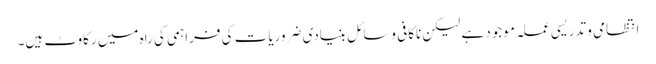
انتظامی و تدریسی عملہ موجود ہے لیکن ناکافی وسائل بنیادی ضروریات کی فراہمی کی راہ میں رکاوٹ ہیں۔